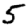
Digit: 5